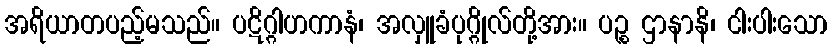
အရိယာတပည့်မသည်။ ပဋိဂ္ဂါဟကာနံ၊ အလှူခံပုဂ္ဂိုလ်တို့အား။ ပဉ္စ ဌာနာနိ၊ ငါးပါးသော